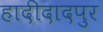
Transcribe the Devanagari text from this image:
हादीदादपुर